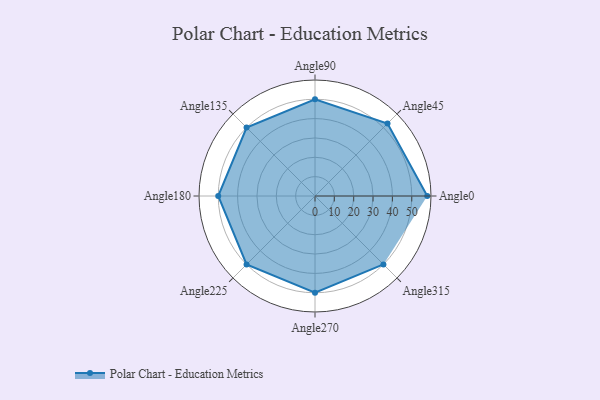
{"axis": {"x": "Angle", "y": "Radius"}, "legend": [""], "data": [{"x": "Angle0", "y": 58.0, "type": ""}, {"x": "Angle45", "y": 53.0, "type": ""}, {"x": "Angle90", "y": 50, "type": ""}, {"x": "Angle135", "y": 50, "type": ""}, {"x": "Angle180", "y": 50, "type": ""}, {"x": "Angle225", "y": 50, "type": ""}, {"x": "Angle270", "y": 50, "type": ""}, {"x": "Angle315", "y": 50, "type": ""}]}